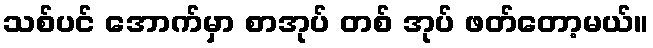
သစ်ပင် အောက်မှာ စာအုပ် တစ် အုပ် ဖတ်တော့မယ်။